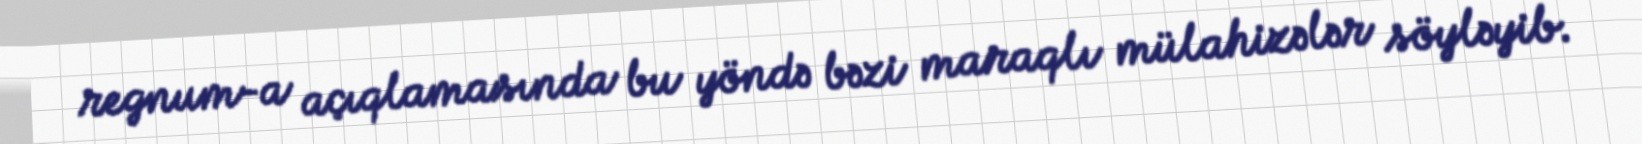
regnum-a açıqlamasında bu yöndə bəzi maraqlı mülahizələr söyləyib.